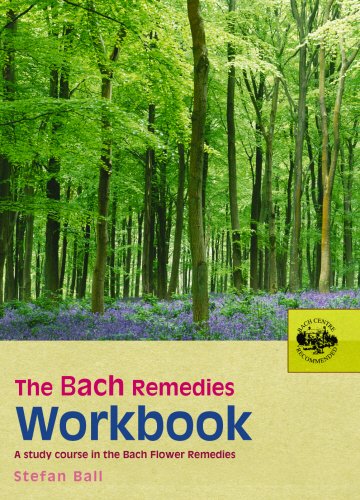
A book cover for The Bach Remedies Workbook: A Study Course in the Bach Flower Remedies; Stefan Ball; Health, Fitness & Dieting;